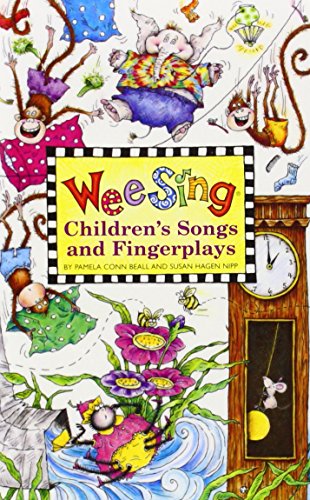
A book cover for Wee Sing Children's Songs and Fingerplays; Pamela Conn Beall; Arts & Photography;